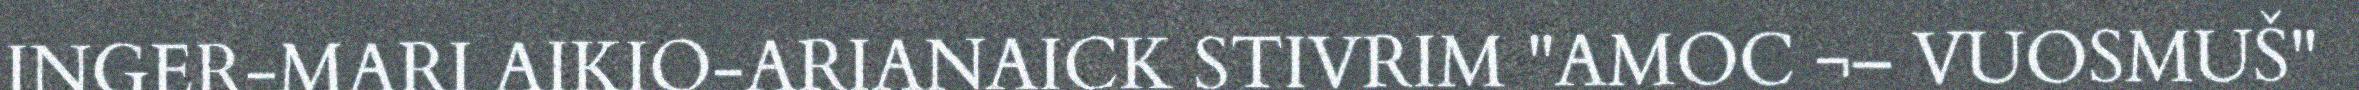
INGER-MARI AIKIO-ARIANAICK STIVRIM "AMOC ¬– VUOSMUŠ"